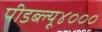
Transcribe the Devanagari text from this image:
पीडब्ल्यू४०००